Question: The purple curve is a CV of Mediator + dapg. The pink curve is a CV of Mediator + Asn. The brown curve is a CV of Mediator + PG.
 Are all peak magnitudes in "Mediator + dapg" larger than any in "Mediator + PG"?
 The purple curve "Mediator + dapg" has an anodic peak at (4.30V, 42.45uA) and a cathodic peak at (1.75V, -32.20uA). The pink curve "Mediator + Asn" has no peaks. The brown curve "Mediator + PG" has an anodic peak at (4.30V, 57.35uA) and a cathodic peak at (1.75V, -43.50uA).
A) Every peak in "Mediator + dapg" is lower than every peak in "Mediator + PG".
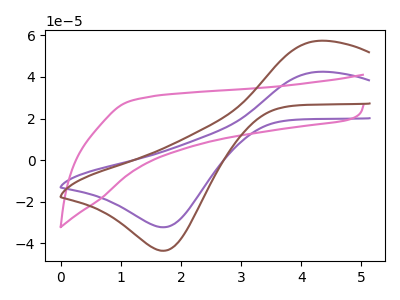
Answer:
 <answer>A) Every peak in "Mediator + dapg" is lower than every peak in "Mediator + PG".</answer>
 <eval>A</eval>